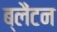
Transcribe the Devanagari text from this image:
ब्लैंटन